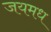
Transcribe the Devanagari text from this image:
जयमध